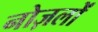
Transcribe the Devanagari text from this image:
नोज़लों